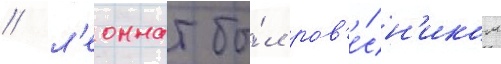
/ л'еоннат бы́л ров'е́сн'иком